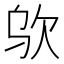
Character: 𰙋